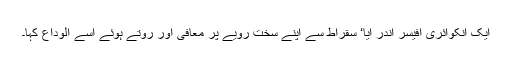
ایک انکوائری آفیسر اندر آیا‘ سقراط سے اپنے سخت رویے پر معافی اور روتے ہوئے اسے الوداع کہا۔